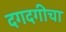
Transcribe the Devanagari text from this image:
दगदगीचा